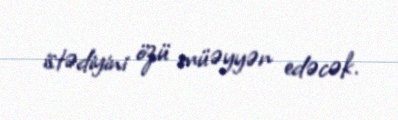
istədiyini özü müəyyən edəcək.